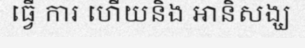
ធ្វើ ការ ហើយនិង អានិសង្ឃ